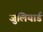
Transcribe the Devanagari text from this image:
जुलियार्ड